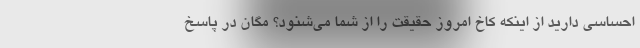
احساسی دارید از اینکه کاخ امروز حقیقت را از شما می‌شنود؟ مگان در پاسخ